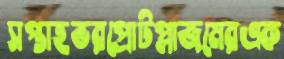
সপ্তাহভরপ্রোটপ্লাজমেরএক